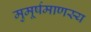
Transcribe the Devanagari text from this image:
मुमूर्षमाणस्य